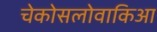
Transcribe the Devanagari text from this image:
चेकोसलोवाकिआ